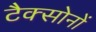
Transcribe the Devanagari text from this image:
टैक्सोनों